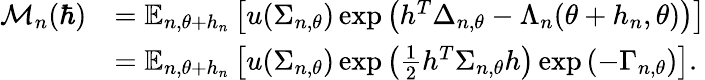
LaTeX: \begin{array}{rl}{\mathcal M_{n}(\hbar)}&{={\mathbb E}_{n,\theta+h_{n}}\left[u(\Sigma_{n,\theta})\exp\left(h^{T}\Delta_{n,\theta}-\Lambda_{n}(\theta+h_{n},\theta)\right)\right]}\\ &{={\mathbb E}_{n,\theta+h_{n}}\left[u(\Sigma_{n,\theta})\exp\left(\frac 12h^{T}\Sigma_{n,\theta}h\right)\exp\left(-\Gamma_{n,\theta}\right)\right].}\end{array}